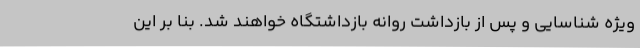
ویژه شناسایی و پس از بازداشت روانه بازداشتگاه خواهند شد. بنا بر این